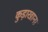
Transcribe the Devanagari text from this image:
कुड़ाखाना